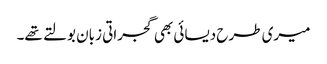
میری طرح دیسائی بھی گجراتی زبان بولتے تھے۔